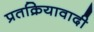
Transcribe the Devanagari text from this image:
प्रतक्रियावादी